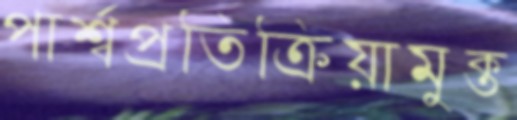
পার্শ্বপ্রতিক্রিয়ামুক্ত